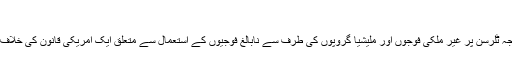
افغان فوجیوں کو امریکی و یورپی فوجی تربیت دے رہے ہیں
امریکی دفتر خارجہ کے قریب ایک درجن حکام نے وزیر خارجہ ٹلرسن پر غیر ملکی فوجوں اور ملیشیا گروپوں کی طرف سے نابالغ فوجیوں کے استعمال سے متعلق ایک امریکی قانون کی خلاف ورزی کا الزام لگاتے ہوئے ان کے خلاف ’بغاوت‘ کر دی ہے۔